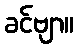
ခင်ဗျာ။